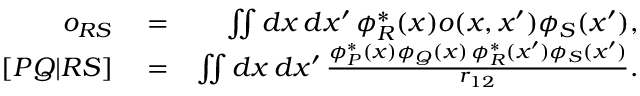
\begin{array} { r l r } { o _ { R S } } & { { } = } & { \iint d x \, d x ^ { \prime } \, \phi _ { R } ^ { * } ( x ) o ( x , x ^ { \prime } ) \phi _ { S } ( x ^ { \prime } ) , } \\ { \left[ P Q | R S \right] } & { { } = } & { \iint d x \, d x ^ { \prime } \, \frac { \phi _ { P } ^ { * } ( x ) \phi _ { Q } ( x ) \, \phi _ { R } ^ { * } ( x ^ { \prime } ) \phi _ { S } ( x ^ { \prime } ) } { r _ { 1 2 } } . } \end{array}